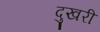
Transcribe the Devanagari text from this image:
दुखरी